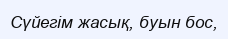
Сүйегім жасық, буын бос,